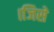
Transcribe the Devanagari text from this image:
।जिसे